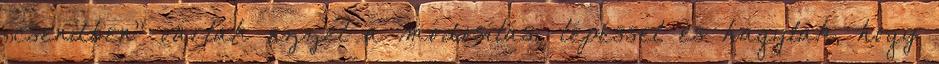
„csendben” vártak ezzel a módosítási lépéssel és hagyták, hogy